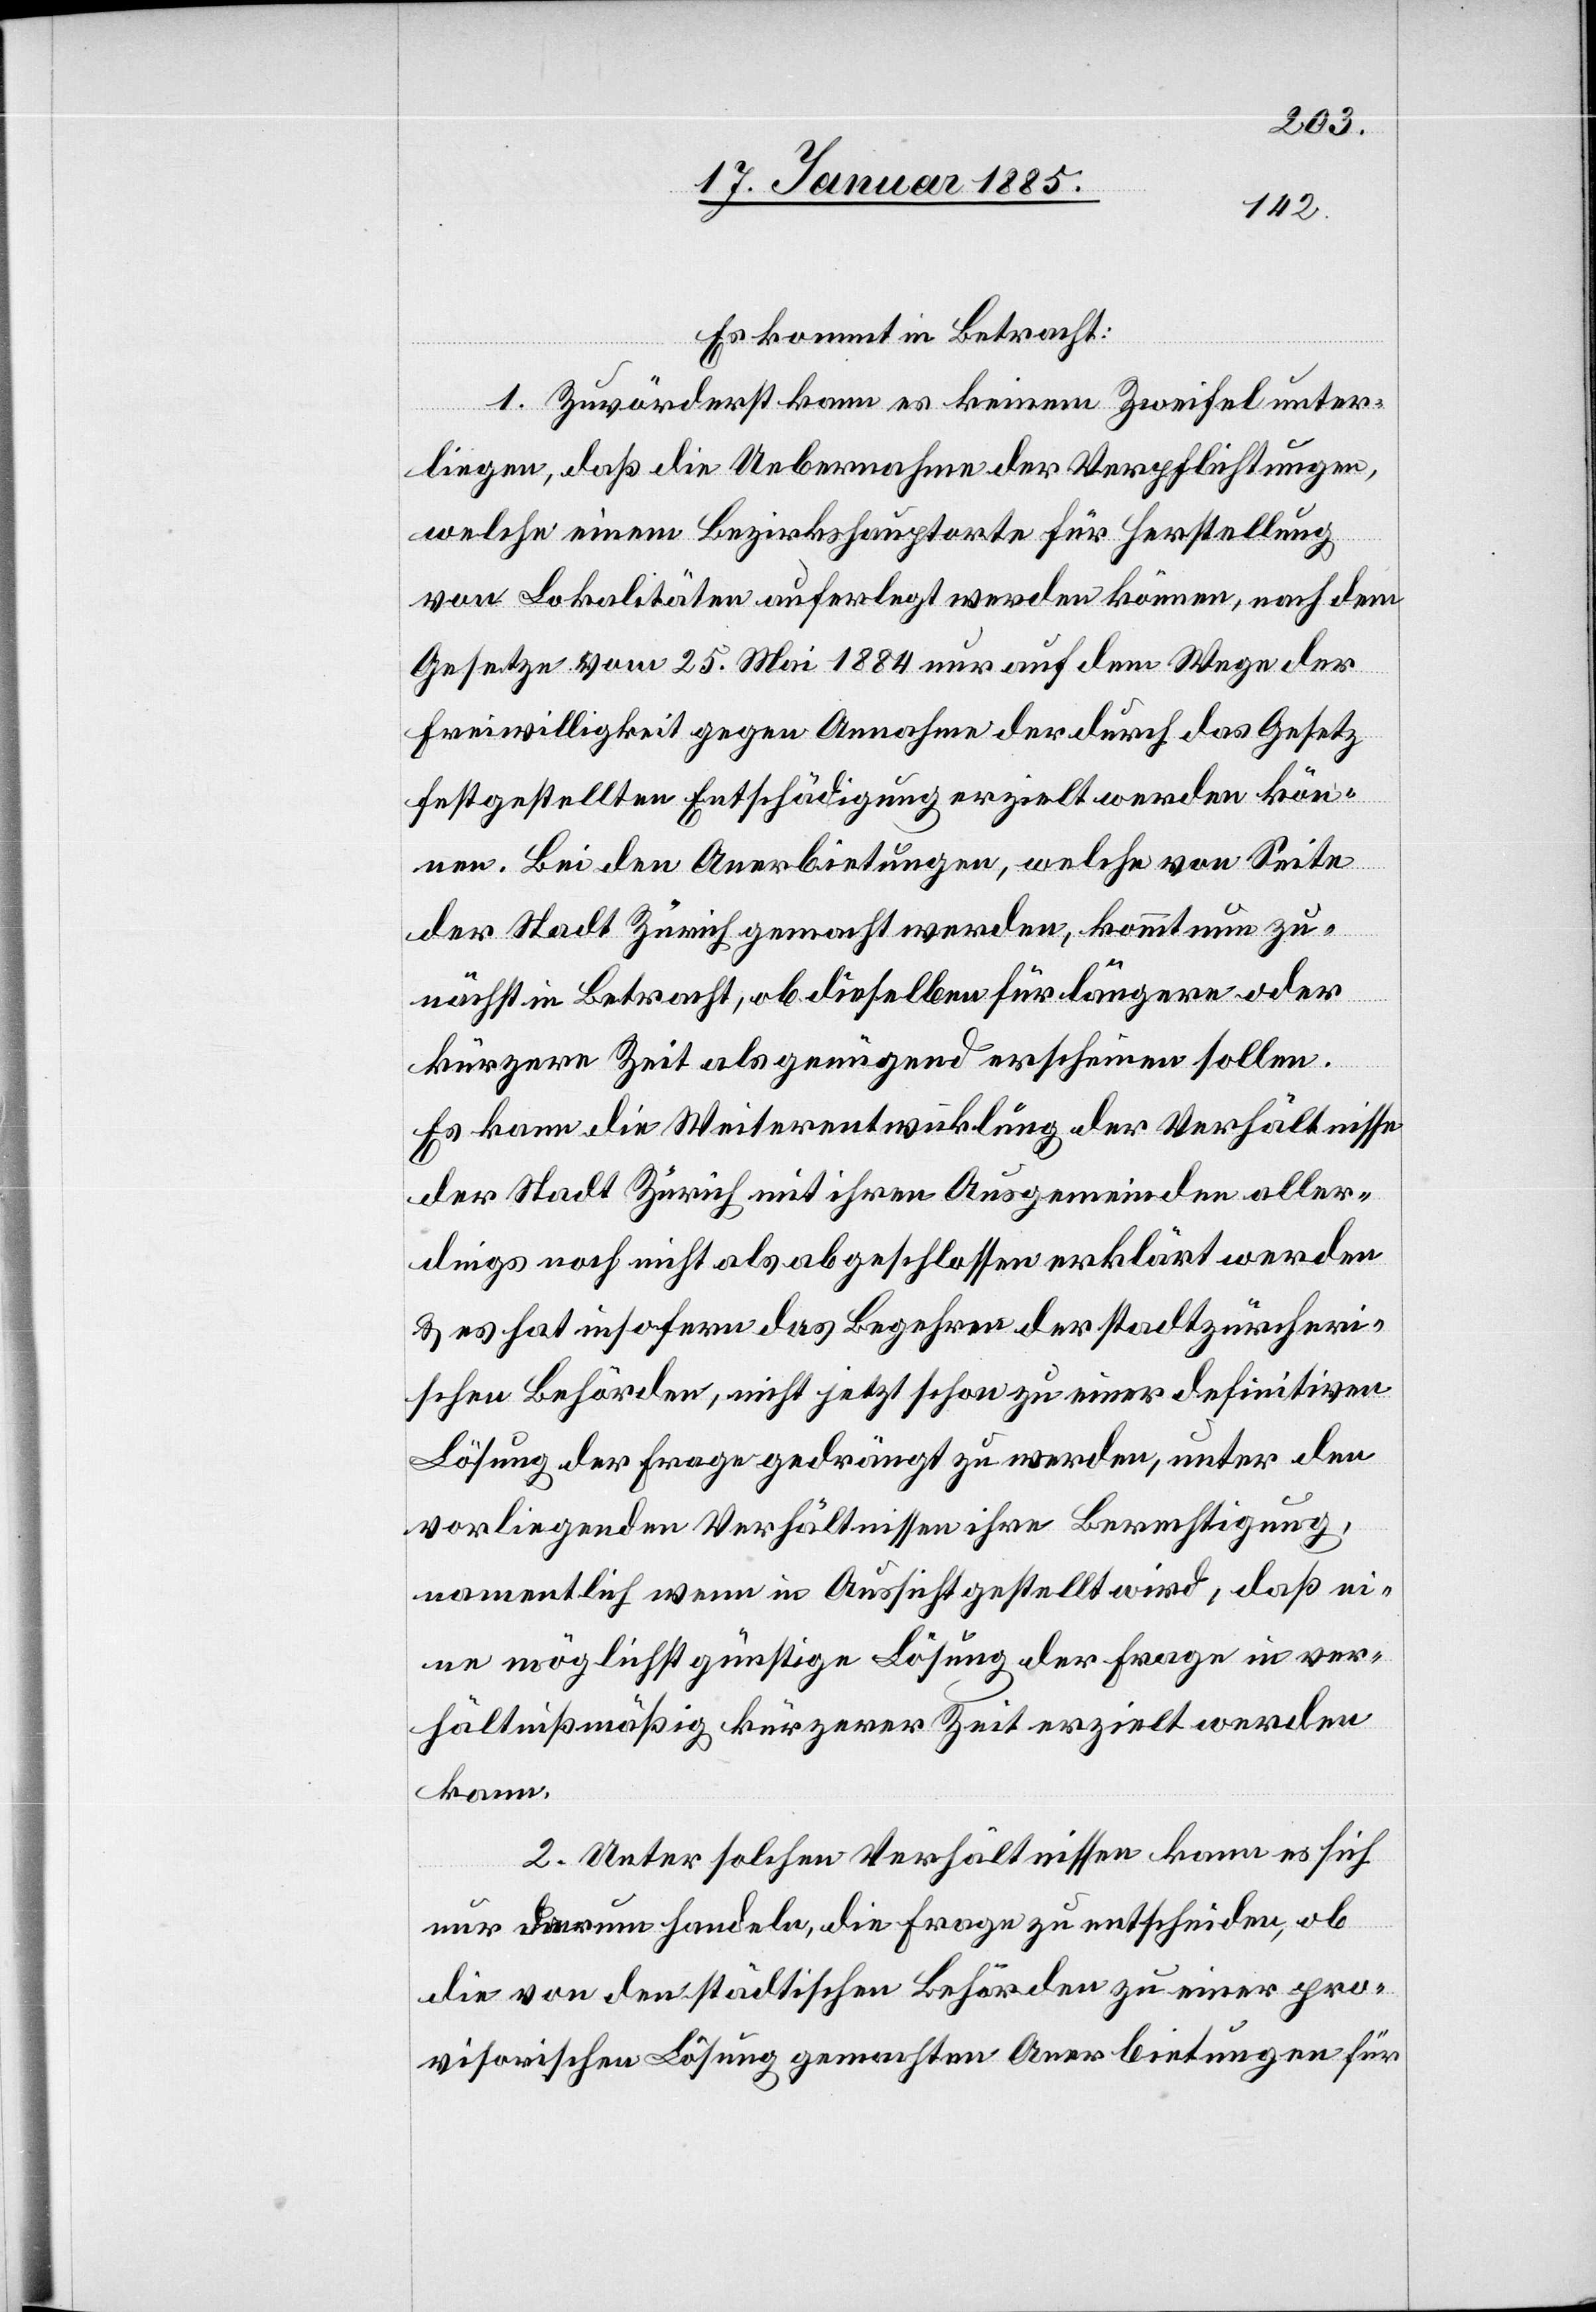
Es kommt in Betracht:
1. Zuvörderst kann es keinem Zweifel unter¬
liegen, daß die Uebernahme der Verpflichtungen,
welche einem Bezirkshauptorte für Herstellung
von Lokalitäten auferlegt werden können, nach dem
Gesetze vom 25. Mai 1884 nur auf dem Wege der
Freiwilligkeit gegen Annahme der durch das Gesetz
festgestellten Entschädigung erzielt werden kön¬
nen. Bei den Anerbietungen, welche von Seite
der Stadt Zürich gemacht werden, kommt nun zu¬
nächst in Betracht, ob dieselben für längere oder
kürzere Zeit als genügend erscheinen sollen.
Es kann die Weiterentwicklung der Verhältnisse
der Stadt Zürich mit ihren Ausgemeinden aller¬
dings noch nicht als abgeschlossen erklärt werden
& es hat insofern das Begehren der stadtzürcheri¬
schen Behörde, nicht jetzt schon zu einer definitiven
Lösung der Frage gedrängt zu werden, unter den
vorliegenden Verhältnissen ihre Berechtigung,
namentlich wenn in Aussicht gestellt wird, daß ei¬
ne möglichst günstige Lösung der Frage in ver¬
hältnißmäßig kürzerer Zeit erzielt werden
kann.
2. Unter solchen Verhältnissen kann es sich
nur darum handeln, die Frage zu entscheiden, ob
die von den städtischen Behörden zu einer pro¬
visorischen Lösung gemachten Anerbietungen für